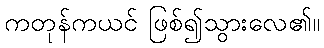
ကတုန်ကယင် ဖြစ်၍သွားလေ၏။